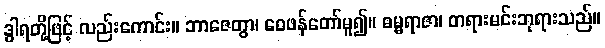
ဒွါရတို့ဖြင့် လည်းကောင်း။ ဘာဇေတွာ၊ ဝေဖန်တော်မူ၍။ ဓမ္မရာဇာ၊ တရားမင်းဘုရားသည်။